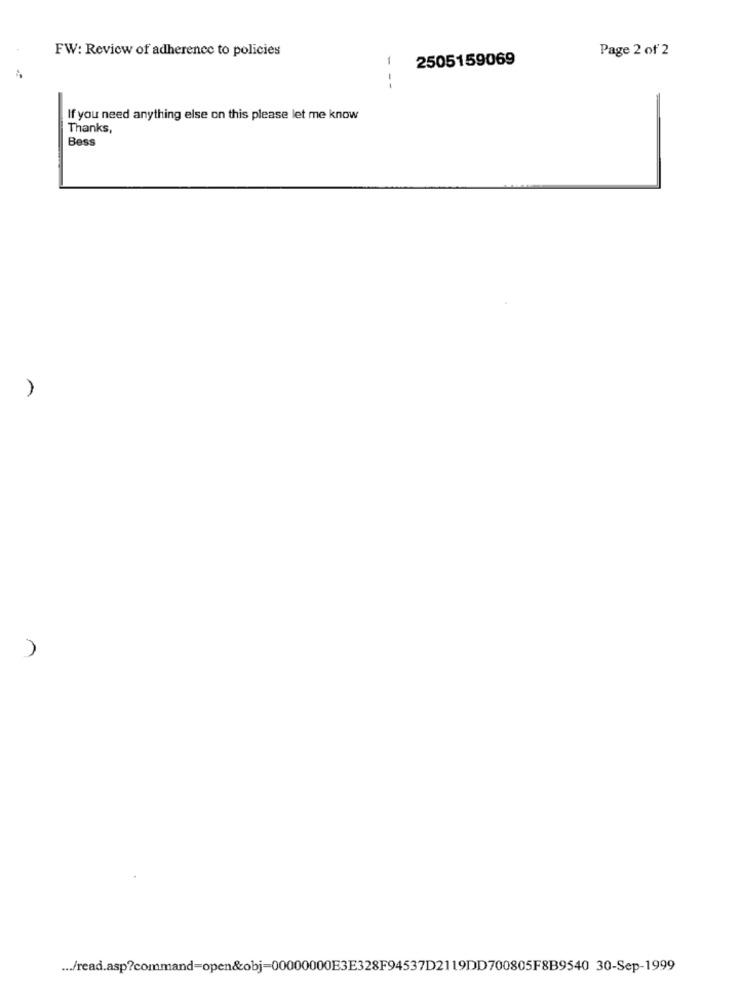
FW: Review of adherence to policies
Page 2 of 2
1
2505159069
---
If you need anything else on this please let me know
Thanks,
Bess
... /read.asp?command=open&obj=00000000E3E328F94537D2119DD700805F8B9540 30-Sep-1999